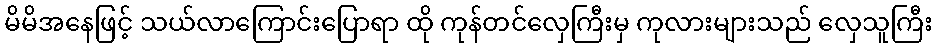
မိမိအနေဖြင့် သယ်လာကြောင်းပြောရာ ထို ကုန်တင်လှေကြီးမှ ကုလားများသည် လှေသူကြီး